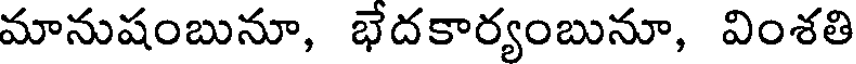
మానుషంబునూ, భేదకార్యంబునూ, వింశతి